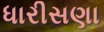
ધારીસણા